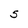
Character: 5